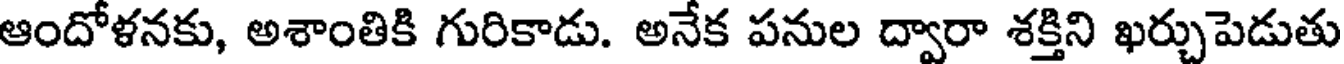
ఆందోళనకు, అశాంతికి గురికాడు. అనేక పనుల ద్వారా శక్తిని ఖర్చుపెడుతు